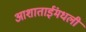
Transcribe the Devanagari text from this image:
आशाताईंमधली